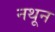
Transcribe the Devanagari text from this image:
नथून